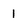
Character: 1